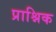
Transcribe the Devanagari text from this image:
प्राश्निक